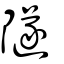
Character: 隧